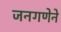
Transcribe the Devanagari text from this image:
जनगणेने